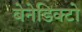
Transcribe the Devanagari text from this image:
बेनेडिक्टो